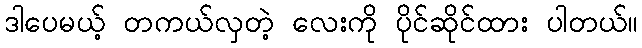
ဒါပေမယ့် တကယ်လှတဲ့ လေးကို ပိုင်ဆိုင်ထား ပါတယ်။